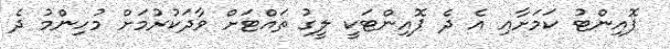
ޕޮއިންޓު ކަމަށާއި އެ ދެ ޕޮއިންޓަކީ ލީގު ތައްޓަށް ވާދަކުރުމަށް މުހިންމު ދެ